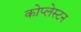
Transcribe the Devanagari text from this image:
कोप्लेस्टन